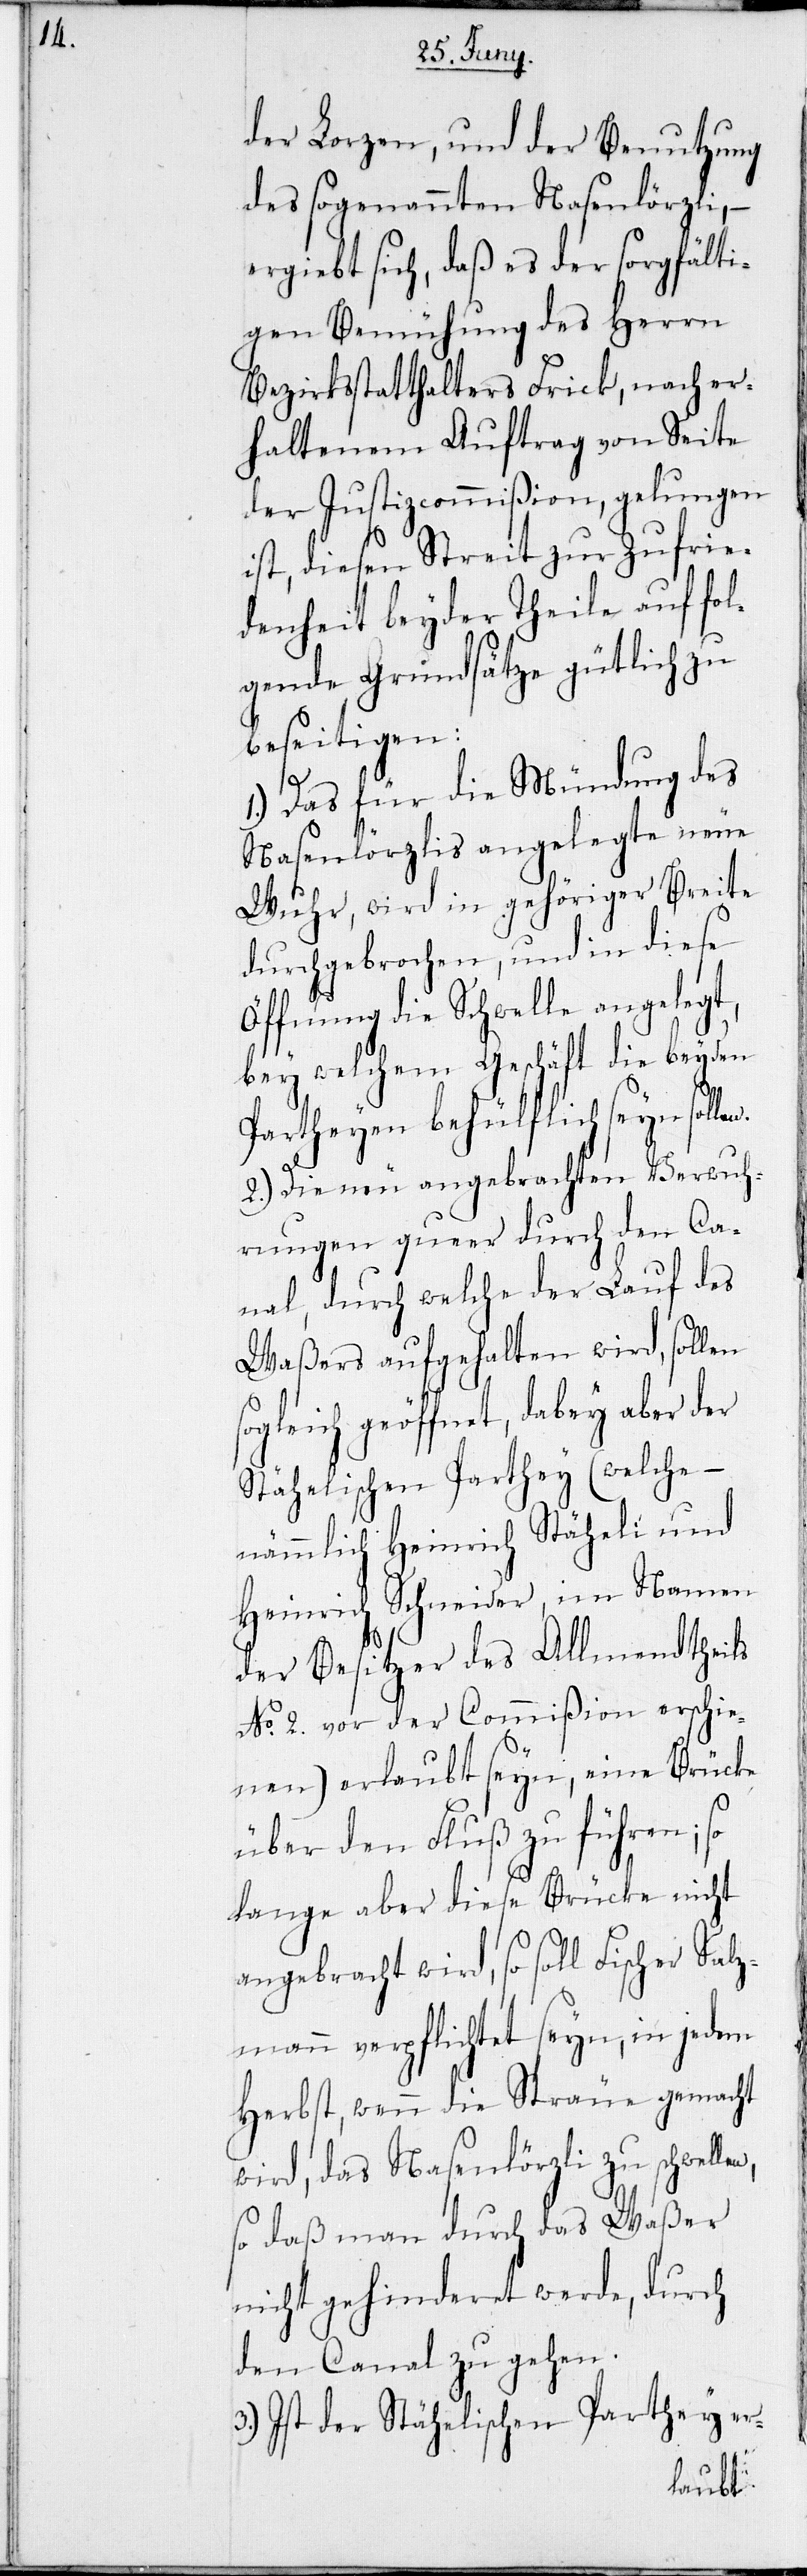
n.

der Lorzen, und der Benutzung
des sogenannten Nasenlörzli, –
ergiebt sich, daß es der sorgfälti¬
gen Bemühung des Herrn
Bezirksstatthalters Frick, nach er¬
haltenem Auftrag von Seite
der Justizcommißion, gelungen
ist, diesen Streit zur Zufrie¬
denheit beyder Theile auf fol¬
gende Grundsätze gütlich zu
beseitigen:
1) Das für die Mündung des
Nasenlörzlis angelegte neue
Wuhr, wird in gehöriger Breite
durchgebrochen, und in diese
Öffnung die Schwelle angelegt,
bey welchem Geschäft die beyden
Partheyen behülflich seyn solle¬
2) Die neu angebrachten Verwuh¬
rungen queer durch den Ca¬
nal, durch welche der Lauf des
Waßers aufgehalten wird, sollen
sogleich geöffnet, dabey aber der
Stähelischen Parthey (welche –
nämmlich Heinrich Stäheli und
Heinrich Schneider, im Namen
der Besitzer des Allmendtheils
No. 2. vor der Commißion erschie¬
nen) erlaubt seyn, eine Brücke
über den Fluß zu führen; s¬
olange aber diese Brücke nicht
angebracht wird, so soll Fischer Salz¬
mann verpflichtet seyn, in jedem
Herbst, wenn die Sträue gemacht
wird, das Nasenlörzli zu schwellen
so daß man durch das Waßer
nicht gehinderet werde, durch
den Canal zu gehen.
3) Ist der Stähelischen Parthey er-